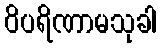
ဝိပရိဏာမသုခါ